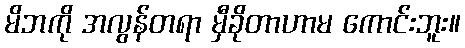
မိဘကို အလွန်တရာ မှီခိုတာဟာမ ကောင်းဘူး။